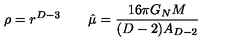
\rho = r ^ { D - 3 } \qquad \hat { \mu } = { \frac { 1 6 \pi G _ { N } M } { ( D - 2 ) A _ { D - 2 } } }